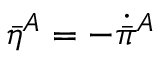
\bar { \eta } { } ^ { A } = - \dot { \bar { \pi } } { } ^ { A }